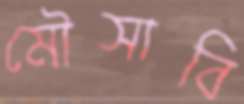
মৌসাবি